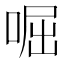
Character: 啒